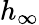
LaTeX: h_{\infty}